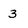
Character: 3